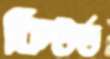
কিউর্ড